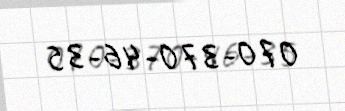
070-370-46-35